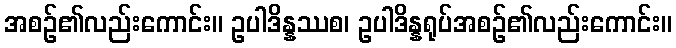
အစဉ်၏လည်းကောင်း။ ဥပါဒိန္နဿစ၊ ဥပါဒိန္နရုပ်အစဉ်၏လည်းကောင်း။